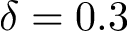
\delta = 0 . 3